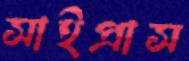
সাইপ্রাস